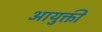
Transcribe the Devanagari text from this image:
आयुक्ती